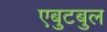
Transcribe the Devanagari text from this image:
एबुटबुल